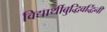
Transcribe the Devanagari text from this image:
विद्यार्थीबुद्धिवर्द्धिनी